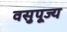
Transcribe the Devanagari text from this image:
वसुपूज्य